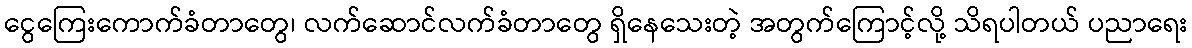
ငွေကြေးကောက်ခံတာတွေ၊ လက်ဆောင်လက်ခံတာတွေ ရှိနေသေးတဲ့ အတွက်ကြောင့်လို့ သိရပါတယ် ပညာရေး